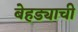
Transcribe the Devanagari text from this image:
बेहड्याची